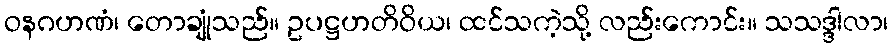
ဝနဂဟဏံ၊ တောချုံသည်။ ဥပဋ္ဌဟတိဝိယ၊ ထင်သကဲ့သို့ လည်းကောင်း။ သသဒ္ဒါလာ၊